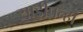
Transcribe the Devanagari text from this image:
साडीपन्हा